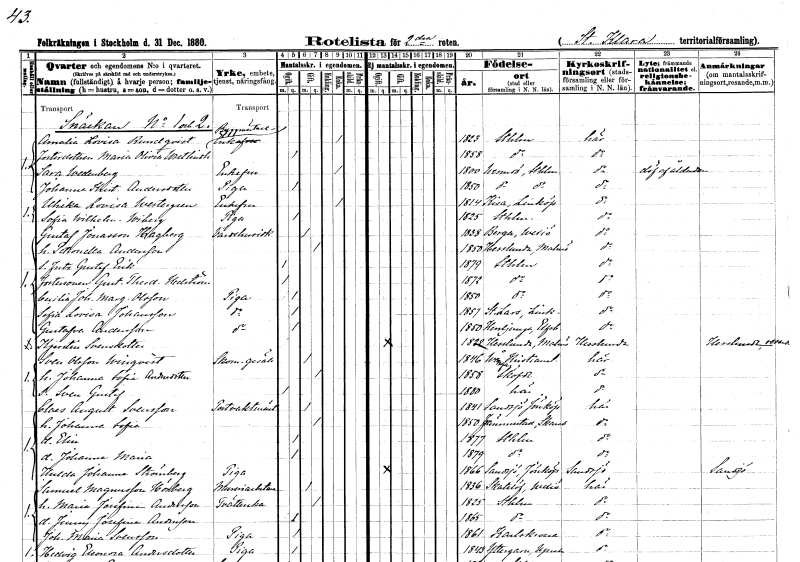
gt_parse: households: individuals: FN: Amalia Lovisa
EN: Rundqvist
YRKE: Byggmästareänka
KON: K
CIV: E
FODAR: 1823
FODFORS: Stockholm
FN: Maria Olivia
EN: Wretlindh
KON: K
CIV: O
FODAR: 1858
FODFORS: Stockholm
FN: Sara
EN: Wedenberg
KON: K
CIV: E
FODAR: 1800
FODFORS: Värmdö Stockholms län
FN: Johanna Kristina
EN: Andersdotter
YRKE: Piga
KON: K
CIV: O
FODAR: 1850
FODFORS: Värmdö Stockholms län
FN: Ulrika Lovisa
EN: Westergren
KON: K
CIV: E
FODAR: 1814
FODFORS: Kisa Östergötlands län
FN: Sofia Wilhelmina
EN: Wiberg
YRKE: Piga
KON: K
CIV: O
FODAR: 1825
FODFORS: Stockholm
FN: Gustaf
EN: Jonasson Hagberg
YRKE: Värdshusidkare
KON: M
CIV: G
FODAR: 1838
FODFORS: Berga Kronobergs län
FN: Petronella
EN: Andersson
KON: K
CIV: G
FODAR: 1850
FODFORS: Hässlunda Malmöhus län
FN: Fritz Gustaf Erik
KON: M
CIV: O
FODAR: 1879
FODFORS: Stockholm
FN: Gustaf Theodor
EN: Hedström
KON: M
CIV: O
FODAR: 1872
FODFORS: Stockholm
FN: Cecilia Johanna Margareta
EN: Olsson
YRKE: Piga
KON: K
CIV: O
FODAR: 1850
FODFORS: Stockholm
FN: Sofia Lovisa
EN: Johansson
YRKE: Piga
KON: K
CIV: O
FODAR: 1857
FODFORS: Linköpings Sankt Lars Östergötlands län
FN: Gustafva
EN: Andersson
YRKE: Piga
KON: K
CIV: O
FODAR: 1850
FODFORS: Herrljunga Älvsborgs län
FN: Kjerstin
EN: Svensdotter
KON: K
CIV: O
FODAR: 1822
FODFORS: Hässlunda Malmöhus län
FN: Sven
EN: Olsson Winqvist
YRKE: Skomakaregesäll
KON: M
CIV: G
FODAR: 1846
FODFORS: Vånga Kristianstads län
FN: Johanna Sofia
EN: Andersdotter
KON: K
CIV: G
FODAR: 1858
FODFORS: Skövde Skaraborgs län
FN: Sven Gustaf
KON: M
CIV: O
FODAR: 1880
FODFORS: Klara Stockholms stad
FN: Claes August
EN: Svensson
YRKE: Postvaktmästare
KON: M
CIV: G
FODAR: 1841
FODFORS: Norra Sandsjö Jönköpings län
FN: Johanna Sofia
KON: K
CIV: G
FODAR: 1850
FODFORS: Främmestad Skaraborgs län
FN: Elin
KON: K
CIV: O
FODAR: 1877
FODFORS: Stockholm
FN: Johanna Maria
KON: K
CIV: O
FODAR: 1879
FODFORS: Stockholm
FN: Hulda Johanna
EN: Strömberg
YRKE: Piga
KON: K
CIV: O
FODAR: 1866
FODFORS: Norra Sandsjö Jönköpings län